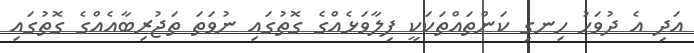
އަދި އެ ދުވަހު ހިނގި ކަންތައްތަކަކީ ފިލާވަޅެއްގެ ގޮތުގައި ނުވަތަ ތަޖުރިބާއެއްގެ ގޮތުގައި